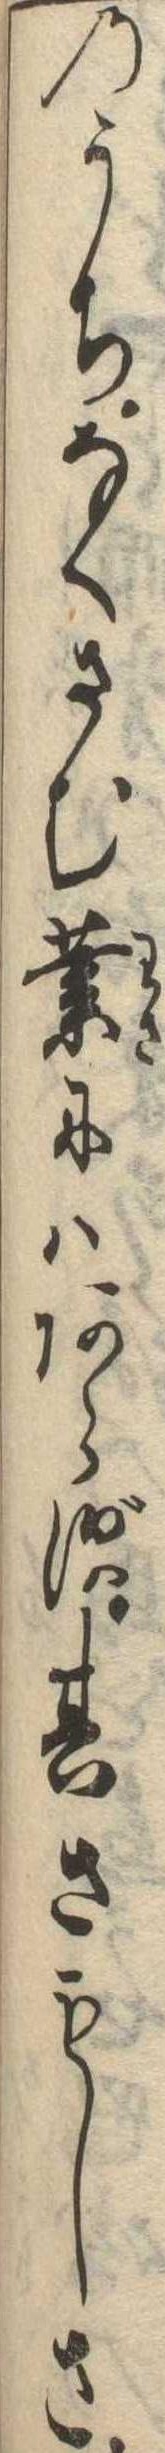
のうちなくさむ業にはあらず其さもしさ